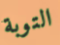
التوبة